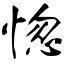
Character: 惚